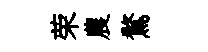
荣農鶩